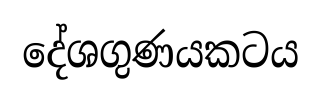
දේශගුණයකටය